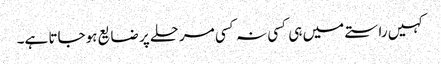
کہیں راستے میں ہی کسی نہ کسی مرحلے پر ضایع ہوجاتا ہے۔